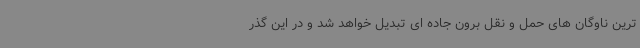
ترین ناوگان های حمل و نقل برون جاده ای تبدیل خواهد شد و در این گذر